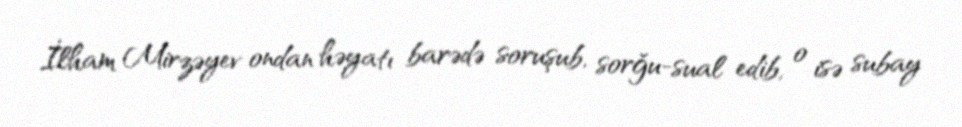
İlham Mirzəyev ondan həyatı barədə soruşub, sorğu-sual edib, o isə subay